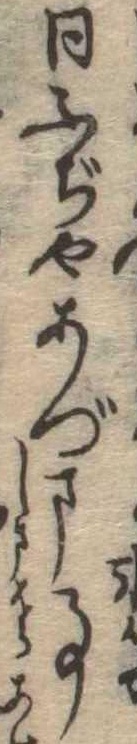
同ふぢやあづま事